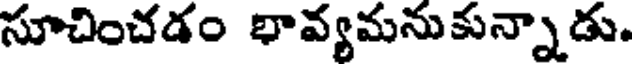
సూచించడం భావ్యమనుకున్నాడు.